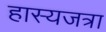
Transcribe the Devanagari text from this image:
हास्यजत्रा